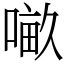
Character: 𠺖